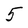
Character: 5